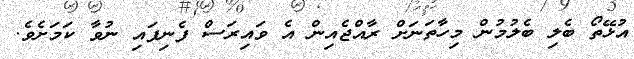
އުޅޭތޯ ބެލި ބެލުމުން މިހާތަނަށް ރާއްޖެއިން އެ ވައިރަސް ފެނިފައި ނުވާ ކަމަށެވެ.